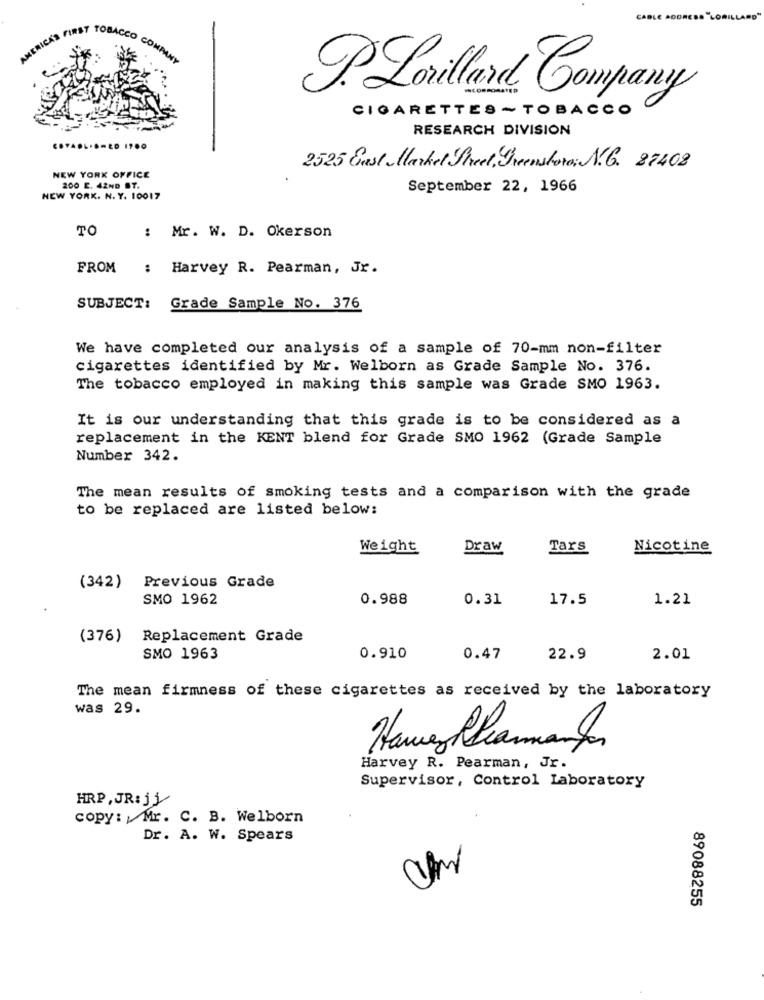
AMERICA'S FI
P.Lorillard Company
CIGARETTES ~TOBACCO
RESEARCH DIVISION
C.YA ....- ED 1700
2525 East Market Street, Greensboro: N.G. 87408
NEW YORK OFFICE
200 E. 42ND ST.
September 22, 1966
NEW YORK. N. Y. 10017
TO
: Mr. W. D. Okerson
FROM
:
Harvey R. Pearman, Jr.
SUBJECT:
Grade Sample No. 376
We have completed our analysis of a sample of 70-mm non-filter
cigarettes identified by Mr. Welborn as Grade Sample No. 376.
The tobacco employed in making this sample was Grade SMO 1963.
It is our understanding that this grade is to be considered as a
replacement in the KENT blend for Grade SMO 1962 (Grade Sample
Number 342.
The mean results of smoking tests and a comparison with the grade
to be replaced are listed below:
Weight
Draw
Tars
Nicotine
(342)
Previous Grade
SMO 1962
0.988
0.31
17.5
1.21
(376) Replacement Grade
SMO 1963
0.910
0.47
22.9
2.01
The mean firmness of these cigarettes as received by the laboratory
was 29.
Havez Chiamando
Harvey R. Pearman, Jr.
Supervisor, Control Laboratory
HRP, JR: j\
copy: Mr. C. B. Welborn
Dr. A. W. Spears
89088255